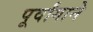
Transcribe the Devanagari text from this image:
पूर्वांगाने